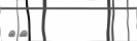
٢٣